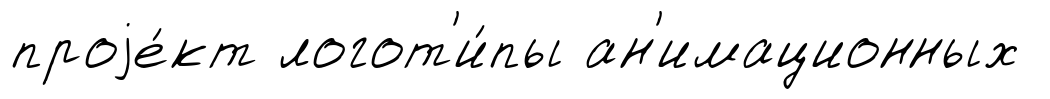
проjе́кт логот'и́пы ан'имационных